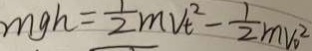
m g h = \frac { 1 } { 2 } m v t ^ { 2 } - \frac { 1 } { 2 } m v _ { 0 } ^ { 2 }